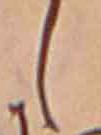
し